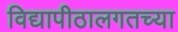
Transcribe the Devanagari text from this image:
विद्यापीठालगतच्या